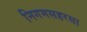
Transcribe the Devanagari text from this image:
निगमसहरसा